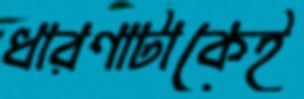
ধারণাটাকেই